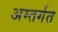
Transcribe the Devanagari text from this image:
अम्तर्गत